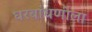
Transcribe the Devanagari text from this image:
घरबांधणीला